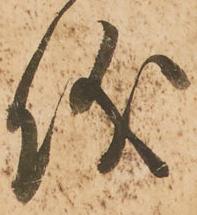
儀